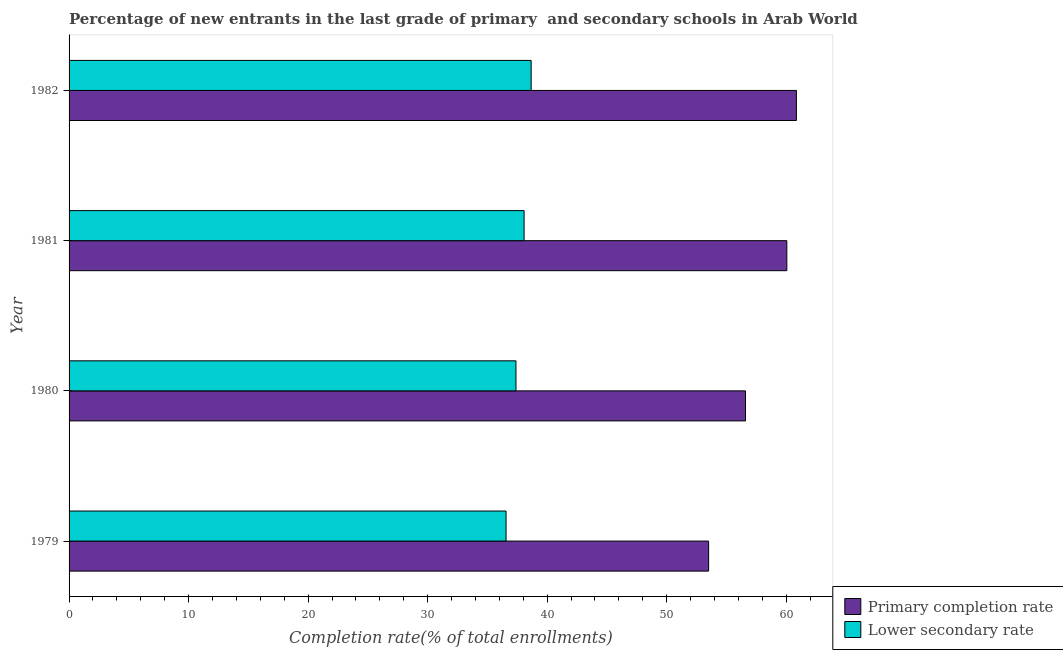
| Year | Primary completion rate | Lower secondary rate |
 | --- | --- | --- |
 | 1979 | 53.5 | 36.6 |
 | 1980 | 56.6 | 37.4 |
 | 1981 | 60.1 | 38.1 |
 | 1982 | 60.9 | 38.7 |